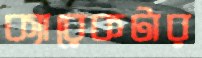
ক্যারেকটার